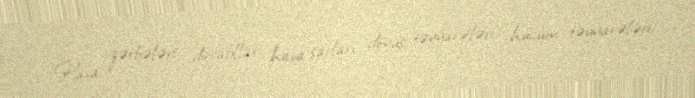
Hava zərbələri dirijabllar, hava şarları, döyüş təyyarələri, hücum təyyarələri,